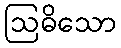
ဩဓိသော